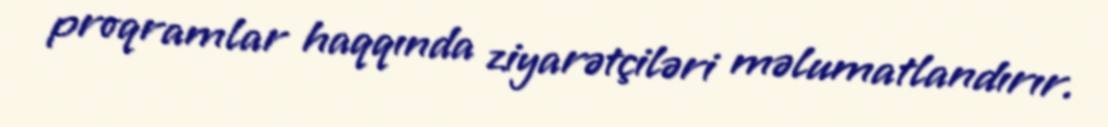
proqramlar haqqında ziyarətçiləri məlumatlandırır.